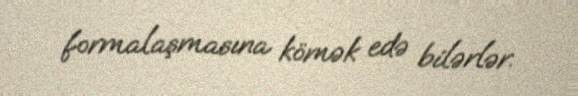
formalaşmasına kömək edə bilərlər.